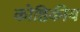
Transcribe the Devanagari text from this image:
कोष्ठिकीय